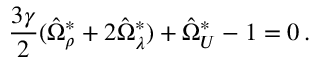
\frac { 3 \gamma } { 2 } ( \hat { \Omega } _ { \rho } ^ { \ast } + 2 \hat { \Omega } _ { \lambda } ^ { \ast } ) + \hat { \Omega } _ { \cal U } ^ { \ast } - 1 = 0 \, .